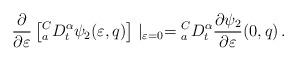
LaTeX: \begin{align*} \frac{\partial}{\partial\varepsilon}\left[ {_a^CD_t^\alpha} \psi_2(\varepsilon,q)\right]\mid_{\varepsilon=0} ={_a^CD_t^\alpha}\frac{\partial\psi_2}{\partial\varepsilon}(0,q)\,. \end{align*}